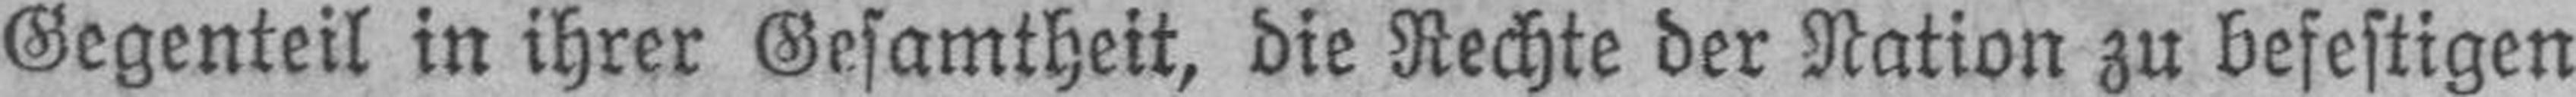
Gegenteil in ihrer Gesamtheit, die Rechte der Nation zu befestigen